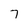
Character: 7